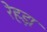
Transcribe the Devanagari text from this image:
रेहड़ा